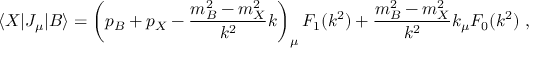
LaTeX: \langle X | J _ { \mu } | B \rangle = \left( p _ { B } + p _ { X } - \frac { m _ { B } ^ { 2 } - m _ { X } ^ { 2 } } { k ^ { 2 } } k \right) _ { \mu } F _ { 1 } ( k ^ { 2 } ) + \frac { m _ { B } ^ { 2 } - m _ { X } ^ { 2 } } { k ^ { 2 } } k _ { \mu } F _ { 0 } ( k ^ { 2 } ) \ ,